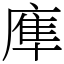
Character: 㢑